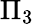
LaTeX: \Pi_{3}